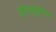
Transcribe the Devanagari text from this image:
रेटिक्युलेटस